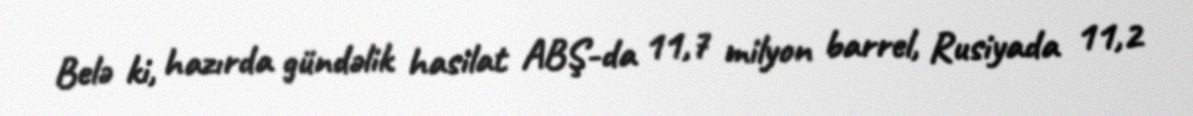
Belə ki, hazırda gündəlik hasilat ABŞ-da 11,7 milyon barrel, Rusiyada 11,2